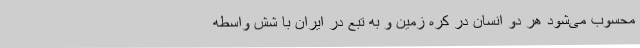
محسوب می‌شود هر دو انسان در کره زمین و به تبع در ایران با شش واسطه